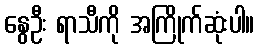
နွေဦး ရာသီကို အကြိုက်ဆုံးပါ။